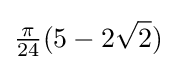
{\tfrac {\pi }{24}}(5-2{\sqrt {2}})